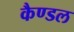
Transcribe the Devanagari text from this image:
कैण्डल